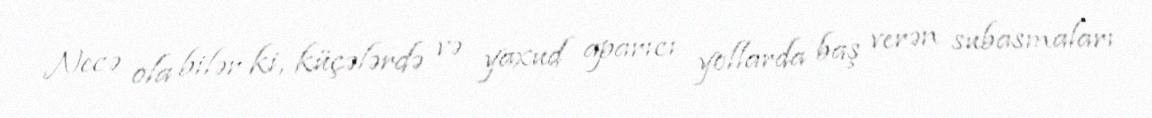
Necə ola bilər ki, küçələrdə və yaxud aparıcı yollarda baş verən subasmaları